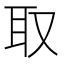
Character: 取